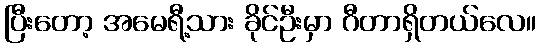
ပြီးတော့ အမေရီ့သား ခိုင်ဦးမှာ ဂီတာရှိတယ်လေ။